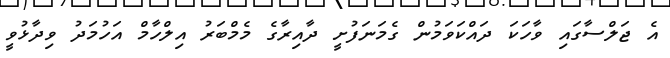
އެ ޖަލްސާގައި ވާހަކަ ދައްކަވަމުން ގެމަނަފުށީ ދާއިރާގެ މެމްބަރު އިލްހާމް އަހުމަދު ވިދާޅުވީ